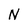
Character: N